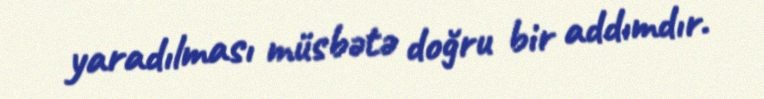
yaradılması müsbətə doğru bir addımdır.